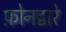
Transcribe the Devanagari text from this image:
फ़ोनद्वारे